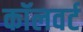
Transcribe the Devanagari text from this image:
कॉलवर्ट